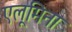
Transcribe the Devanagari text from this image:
एलूमिना